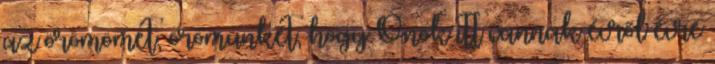
az örömömet, örömünket, hogy Önök itt vannak évről évre